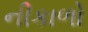
નીકાળો